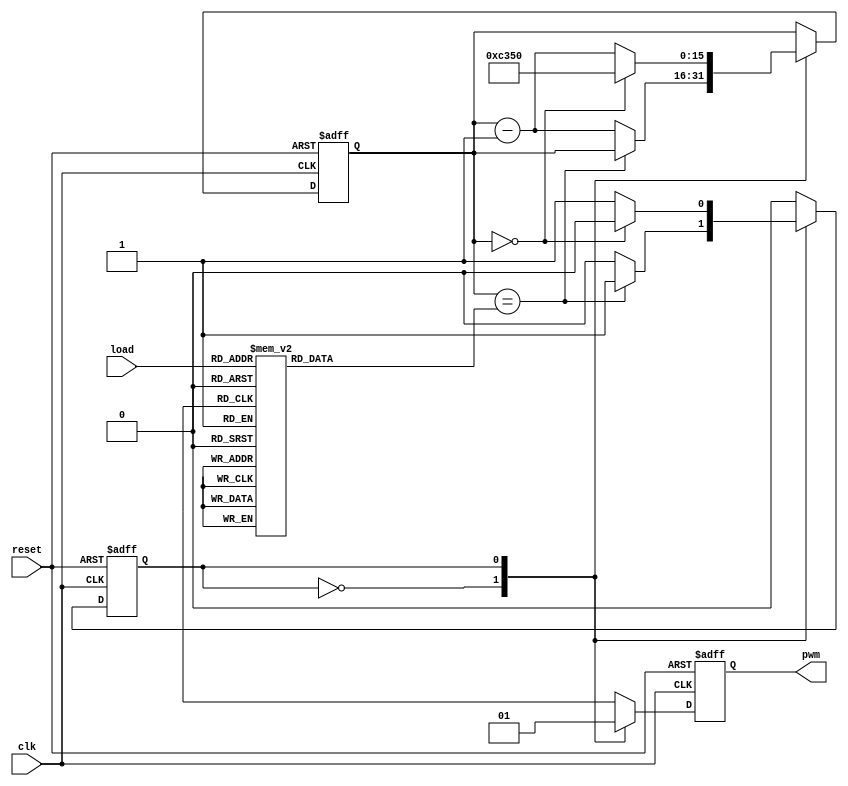
module PWM 
	
	(
		input clk,			//System Clock
		input reset,		//System Reset 
		input [2:0]load,	//Value of PWM
		output reg pwm			//PWM Led
	);

	reg [15:0]r_load; 
	reg [15:0]r_counter;
	reg state;
	
	always@(posedge clk or negedge reset)
		begin 
			if (reset == 1'b0)
				begin
					r_counter <= 16'b1100001101010000;
					state <= 0;
					pwm <= 1'b0;
				end
			else 
				case (state)
				0:
					begin
						pwm <= 1'b0;
						if (r_counter == r_load)
							state <= 1;
						else 
							r_counter <= r_counter - 1'b1;
					end
				1:
					begin
						pwm <= 1'b1;
						if (r_counter == 0)	
							begin
								r_counter <= 16'b1100001101010000;
								state <= 0;
							end
						else 
							r_counter <= r_counter - 1'b1;
					end
				endcase
		end
	always@(*)
		begin 
			case (load)
				0:r_load = 16'b0001001110001000;
				1:r_load = 16'b0010011100010000;
				2:r_load = 16'b0011101010011000;
				3:r_load = 16'b0100111000100000;
				4:r_load = 16'b0110000110101000;
				5:r_load = 16'b0111010100110000;
				6:r_load = 16'b1000100010111000;
				7:r_load = 16'b1001110001000000;
			endcase
	end
endmodule